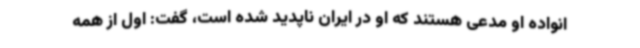
انواده او مدعی هستند که او در ایران ناپدید شده است، گفت: اول از همه